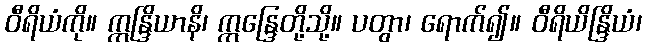
ဝီရိယံကို။ ဣန္ဒြိယာနိ၊ ဣန္ဒြေတို့သို့။ ပတွာ၊ ရောက်၍။ ဝီရိယိန္ဒြိယံ၊